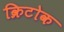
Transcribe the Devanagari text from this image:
क्रिटोक